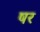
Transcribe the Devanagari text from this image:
षर